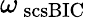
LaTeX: \omega_{\mathrm{\ scs{BIC}}}